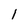
Character: 1